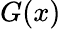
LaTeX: G(x)